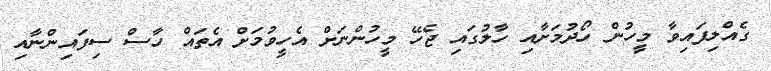
ގެއްލިފައިވާ މީހުން ހޯދުމަށާއި ހާލުގައި ޖެހޭ މީހުންނަށް އެހީވުމަށް އެތައް ހާސް ސިފައިންނާއި